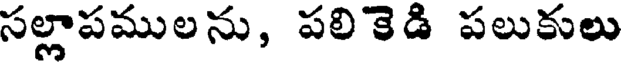
సల్లాపములను, పలికెడి పలుకులు